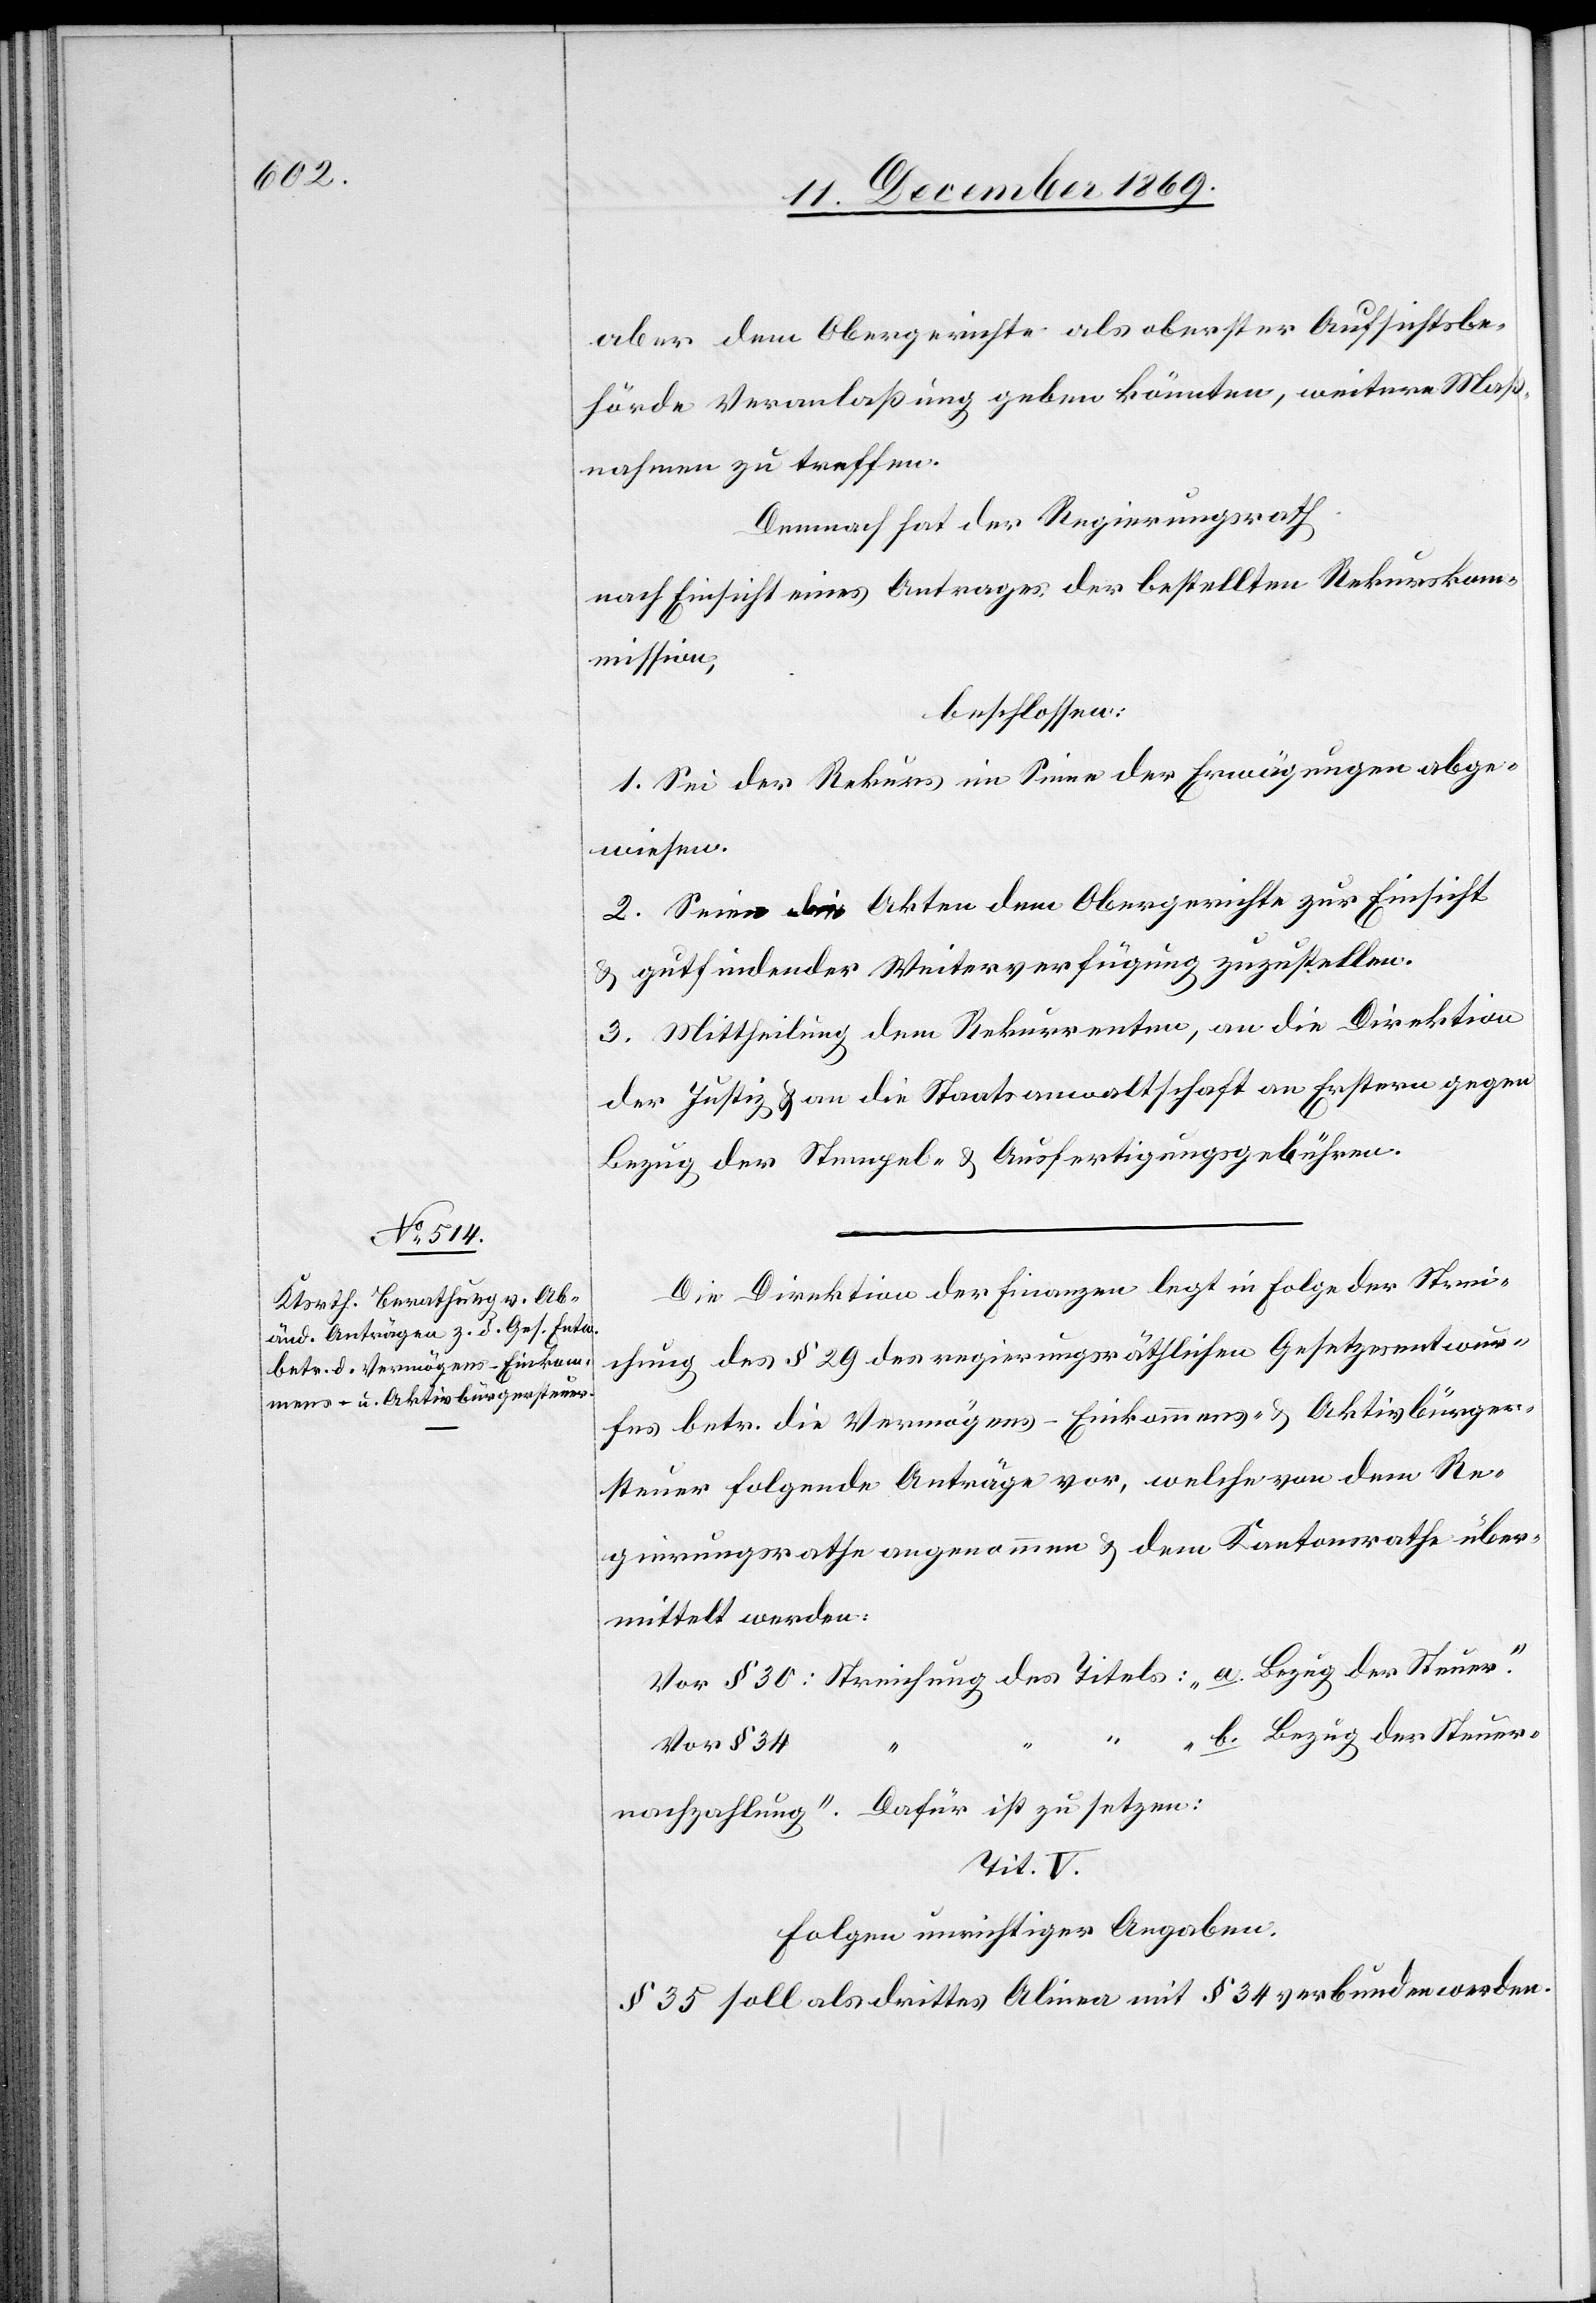
aber dem Obergerichte als oberster Aufsichtsbe¬
hörde Veranlaßung geben könnten, weitere Maß¬
nahmen zu treffen.
Demnach hat der Regierungsrath
nach Einsicht eines Antrages der bestellten Rekurskom¬
mission,
beschlossen:
1. Sei der Rekurs im Sinne der Erwägungen abge¬
wiesen.
2. Seien die Akten dem Obergerichte zur Einsicht
& gutfindender Weiterverfügung zuzustellen.
3. Mittheilung dem Rekurrenten, an die Direktion
der Justiz & an die Staatsanwaltschaft an Erstern gegen
Bezug der Stempel- & Ausfertigungsgebühren.
Die Direktion der Finanzen legt in Folge der Strei¬
chung des § 29 des regierungsräthlichen Gesetzesentwur¬
fes betr. die Vermögens-[,] Einkommens- & Aktivbürger¬
steuer folgende Anträge vor, welche von dem Re¬
gierungsrathe angenommen & dem Kantonsrathe über¬
mittelt werden:
Vor § 30: Streichung des Titels: „a. Bezug der Steuer“.
„b. Bezug der Steuer¬
Vor § 34
“
nachzahlung“. Dafür ist zu setzen:
Tit. V.
Folgen unrichtiger Angaben.
§ 35 soll als drittes Alinea mit § 34 verbunden werden.